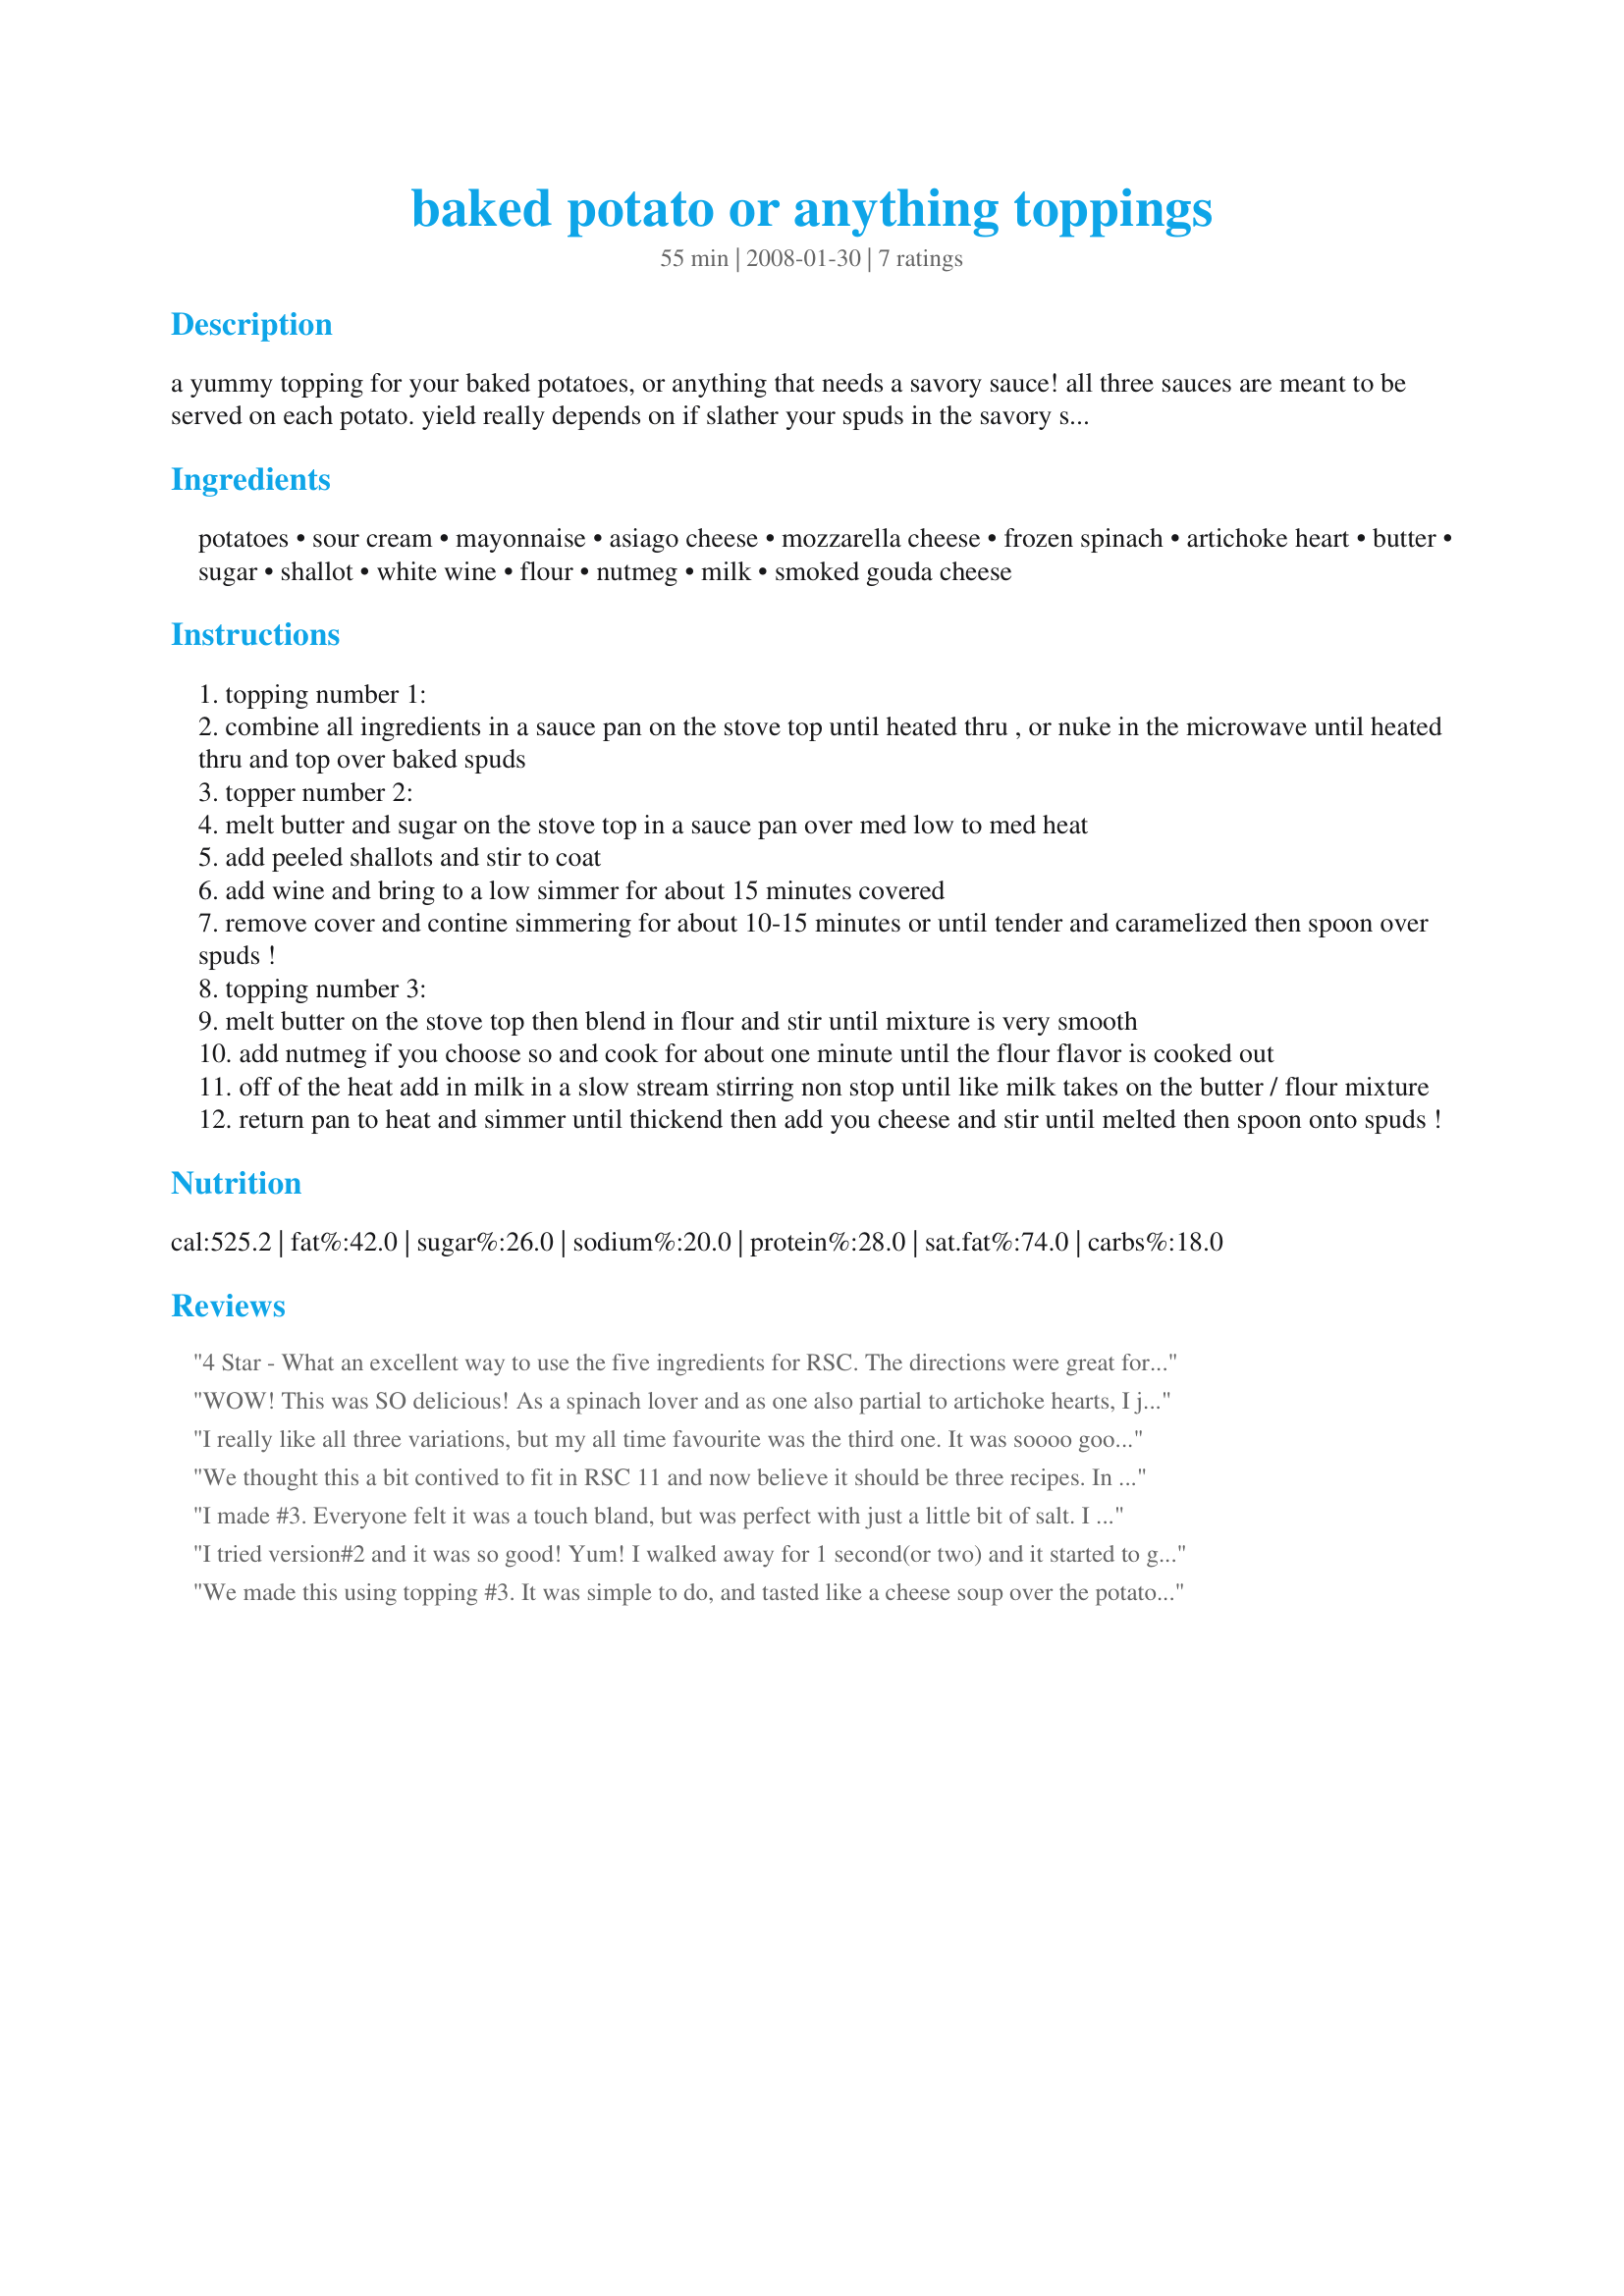
baked potato or anything toppings
Preparation time: 55 minutes

a yummy topping for your baked potatoes, or anything that needs a savory sauce! all three sauces are meant to be served on each potato. yield really depends on if slather your spuds in the savory sauces or if you daintily dab on the delious sauces.

Ingredients:
potatoes, sour cream, mayonnaise, asiago cheese, mozzarella cheese, frozen spinach, artichoke heart, butter, sugar, shallot, white wine, flour, nutmeg, milk, smoked gouda cheese

Steps:
topping number 1:
combine all ingredients in a sauce pan on the stove top until heated thru , or nuke in the microwave until heated thru and top over baked spuds
topper number 2:
melt butter and sugar on the stove top in a sauce pan over med low to med heat
add peeled shallots and stir to coat
add wine and bring to a low simmer for about 15 minutes covered
remove cover and contine simmering for about 10-15 minutes or until tender and caramelized then spoon over spuds !
topping number 3:
melt butter on the stove top then blend in flour and stir until mixture is very smooth
add nutmeg if you choose so and cook for about one minute until the flour flavor is cooked out
off of the heat add in milk in a slow stream stirring non stop until like milk takes on the butter / flour mixture
return pan to heat and simmer until thickend then add you cheese and stir until melted then spoon onto spuds !

Reviews:
4 Star - What an excellent way to use the five ingredients for RSC. The directions were great for the topping number three, the topping had a excellent creamy texture. I felt the recipe could be more 'beginner friendly' and maybe explain how to bake the potatoes. However overall we enjoyed the recipe. Thank you RSC #11 Chef
WOW! This was SO delicious! As a spinach lover and as one also partial to artichoke hearts, I just HAD to make the first version. I added some minced garlic (just softened in a couple of drops of oil in the microwave), a generous pinch of nutmeg and probably 1/4 of a cup of pinenuts: all go so well with spinach. Fabulous! I'll be making these again, but I don't think I'll be venturing past number one. Rather I'll just be nicking another ingredient (wine) from topper number two! Thanks for sharing this recipe, Anme! Made for PRMR.
I really like all three variations, but my all time favourite was the third one. It was soooo good! I tried this on baked potatoes, but also on fish as well - the second and third variations are the best for fish. Really good!!!
We thought this a bit contived to fit in RSC 11 and now believe it should be three recipes. In any case, all three are delicious and won me over on a fork. Toppings 1 and 3 resemble fondue. Topping 2 is entirely different, a thin clear sauce, calling for a different presentation. I wouldn't serve the three together unless I was hosting a party.
I made #3. Everyone felt it was a touch bland, but was perfect with just a little bit of salt. I did use the optional nutmeg, but didn't taste it so I don't think I used enough. I'll admit, I didn't measure that ingredient, just sprinkled some in. My mother says it's way better than sour cream on baked potatoes and my DD thought it was the most wonderful thing and dipped her pork chops and veggies in it too. Thanks for an easy cheese sauce!
I tried version#2 and it was so good! Yum! I walked away for 1 second(or two) and it started to get crispy, but was so good anyway! Thanks for a recipe I will make again, and look forward to trying the other versions too!
We made this using topping #3.
It was simple to do, and tasted like a cheese soup over the potatoes. Very good. :)
